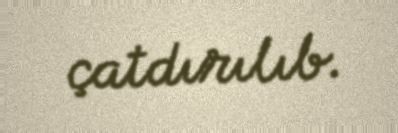
çatdırılıb.